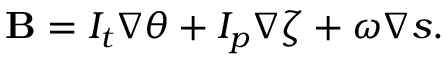
\mathbf { B } = I _ { t } \nabla \theta + I _ { p } \nabla \zeta + \omega \nabla s .